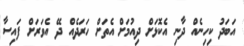
އަބަދު ކިހިނެއް ދާނި އެކޮޅަށް ދިއުމަށް އެތަށް ހަރަދެއް ދޭ އެވަރަށް ފައިސާ